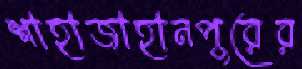
শাহাজাহানপুরের